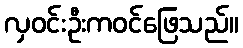
လှဝင်းဦးကဝင်ဖြေသည်။